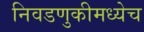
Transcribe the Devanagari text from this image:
निवडणुकीमध्येच